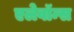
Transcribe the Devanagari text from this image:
एलेवॉन्स